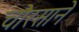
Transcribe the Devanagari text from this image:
चौरसाने